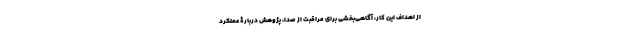
از اهداف این کار، آگاهی‌بخشی برای مراقبت از صدا، پژوهش دربارۀ عملکرد